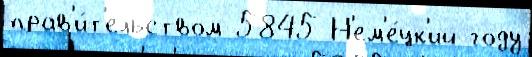
прав'и́т'ельством 5845 Н'ем'е́цк'ий году